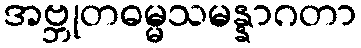
အဗ္ဘုတဓမ္မသမန္နာဂတာ